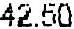
42.50